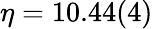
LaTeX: \eta=10.44(4)